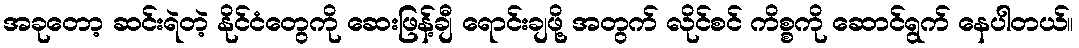
အခုတော့ ဆင်းရဲတဲ့ နိုင်ငံတွေကို ဆေးဖြန့်ချီ ရောင်းချဖို့ အတွက် လိုင်စင် ကိစ္စကို ဆောင်ရွက် နေပါတယ်။